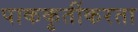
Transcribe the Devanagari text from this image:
पाककृतींकरता